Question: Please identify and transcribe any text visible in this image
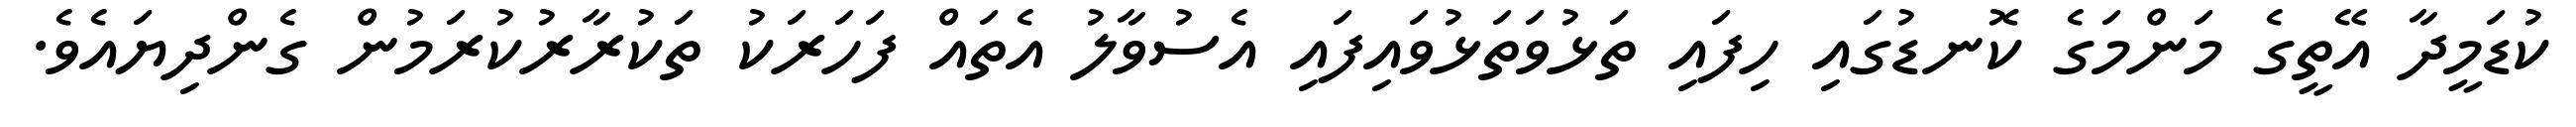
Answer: ކުޑަމީދާ އޭތީގެ މަންމަގެ ކޮނޑުގައި ހިފައި ތަޅުވަތަޅުވައިފައި އެސުވާލު އެތައް ފަހަރަކު ތަކުރާރުކުރަމުން ގެންދިޔައެވެ.